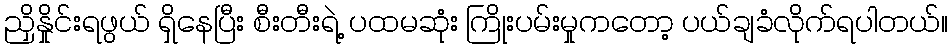
ညှိနှိုင်းရဖွယ် ရှိနေပြီး စီးတီးရဲ့ ပထမဆုံး ကြိုးပမ်းမှုကတော့ ပယ်ချခံလိုက်ရပါတယ်။